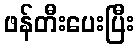
ဖန်တီးပေးပြီး